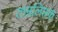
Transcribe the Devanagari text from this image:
ताम्रलिप्तक